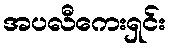
အပလီကေးရှင်း